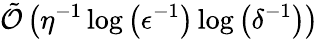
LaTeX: \tilde{\mathcal{O}}\left(\eta^{-1}\log\left(\epsilon^{-1}\right)\log\left(\delta^{-1}\right)\right)